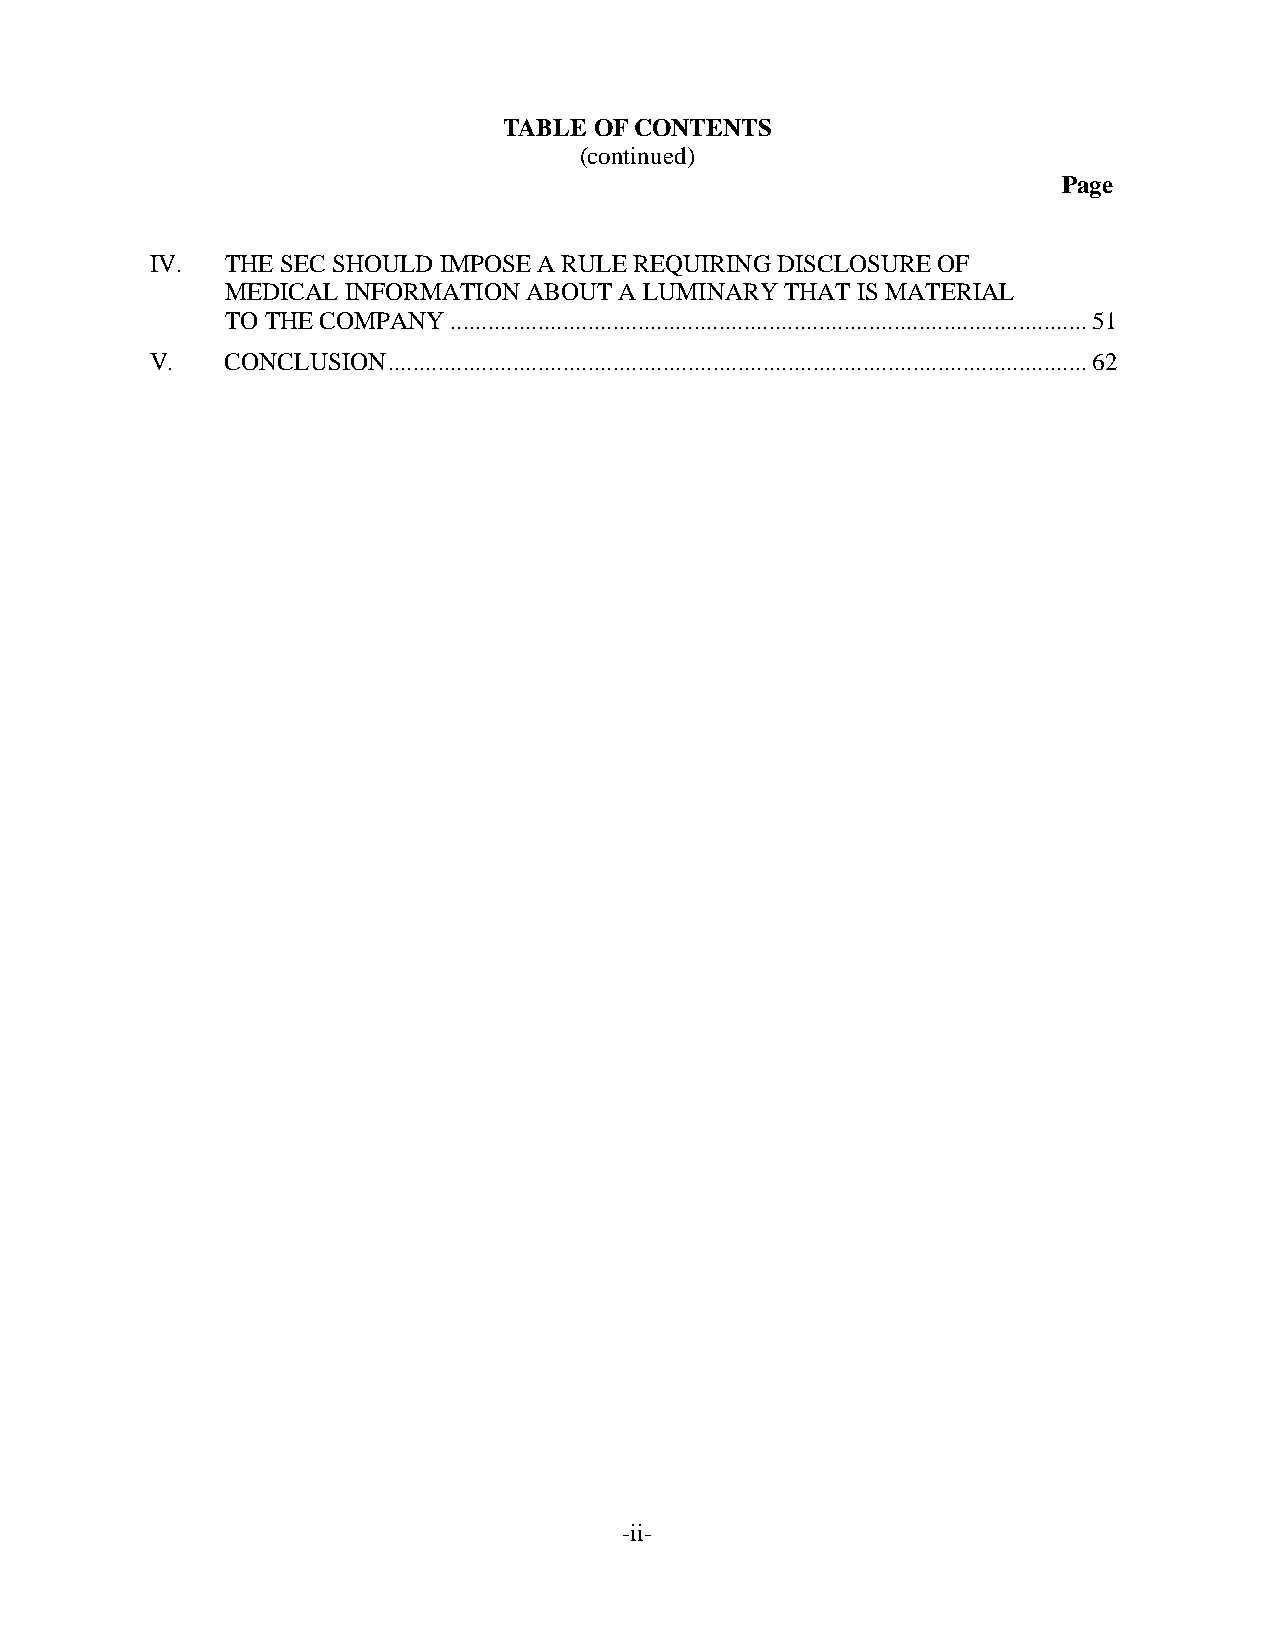
TABLE OF CONTENTS
 (continued)
 Page
 IV.  THE SEC SHOULD IMPOSE A RULE REQUIRING DISCLOSURE OF
 MEDICAL INFORMATION ABOUT A LUMINARY THAT IS MATERIAL
 TO THE COMPANY......................................................................................................51
 V.   CONCLUSION................................................................................................................62
 -ii-